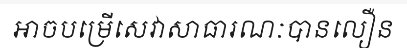
អាចបម្រើសេវាសាធារណៈបានលឿន